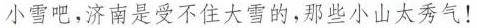
小雪吧，济南是受不住大雪的，那些小山太秀气！